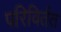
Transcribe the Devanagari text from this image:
परिविर्तत